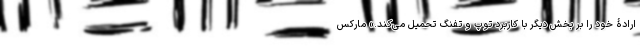
ارادۀ خود را بر بخش دیگر با کاربرد توپ و تفنگ تحمیل می‌کند.» مارکس